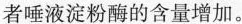
者唾液淀粉酶的含量增加。